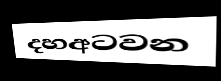
දහඅටවන